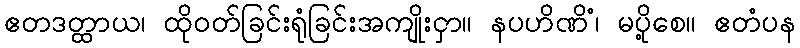
ဧတဒတ္ထာယ၊ ထိုဝတ်ခြင်းရုံခြင်းအကျိုးငှာ။ နပဟိဏိံ၊ မပို့စေ။ ဧတံပန